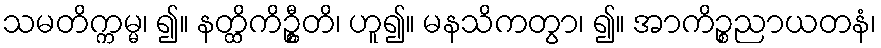
သမတိက္ကမ္မ၊ ၍။ နတ္ထိကိဦ္စတိ၊ ဟူ၍။ မနသိကတွာ၊ ၍။ အာကိဉ္စညာယတနံ၊